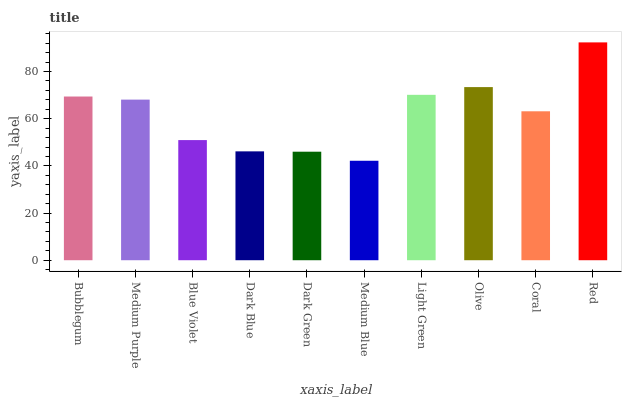
| xaxis_label | bars |
 | --- | --- |
 | Bubblegum | 69.4 |
 | Medium Purple | 68.1 |
 | Blue Violet | 50.9 |
 | Dark Blue | 46.2 |
 | Dark Green | 46 |
 | Medium Blue | 42.2 |
 | Light Green | 70.1 |
 | Olive | 73.4 |
 | Coral | 63.2 |
 | Red | 92.4 |